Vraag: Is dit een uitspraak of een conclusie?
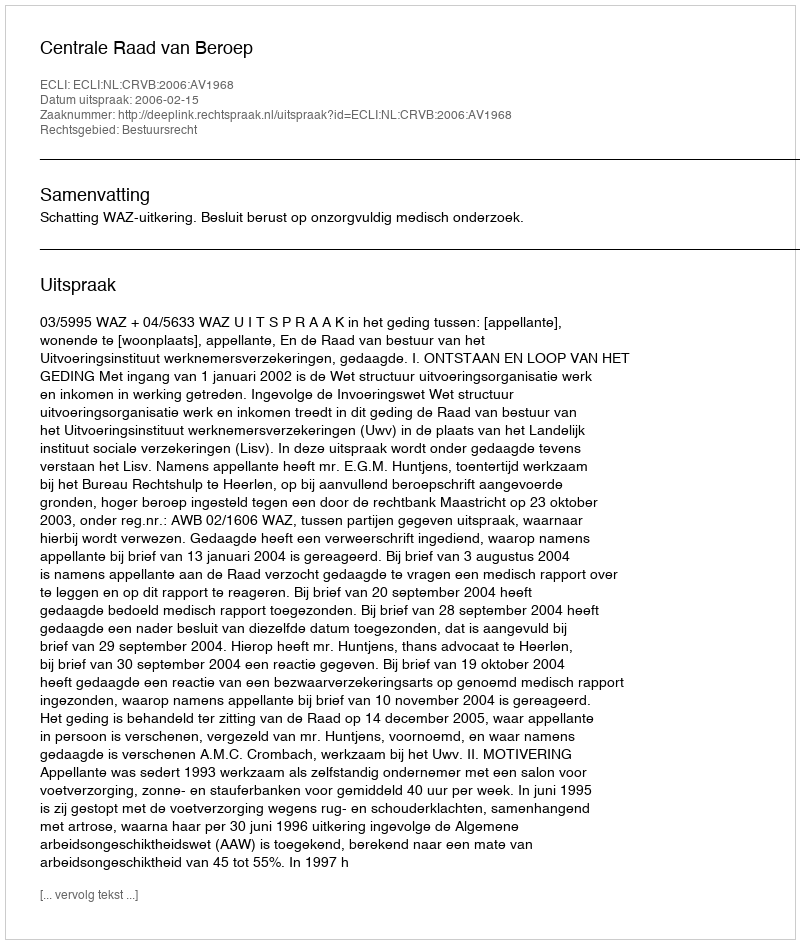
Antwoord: Uitspraak